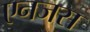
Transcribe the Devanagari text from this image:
एनजस